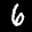
Label: 6